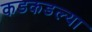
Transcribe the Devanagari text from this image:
कडकडल्या